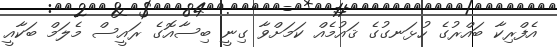
އެފްރިކާ ބައްރުގެ ހުޅަނގުގެ ޤައުމެއް ކަމަށްވާ ގިނީ ބިސާއޮގެ ރައީސް މެލަމް ބަކާއީ